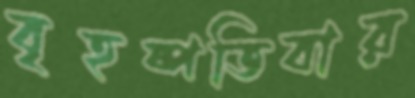
বৃহষ্পতিবার